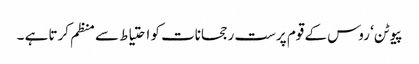
پیوٹن‘ روس کے قوم پرست رجحانات کو احتیاط سے منظم کرتا ہے ۔